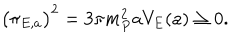
\bigl ( \pi _ { E , a } \bigr ) ^ { 2 } = 3 \pi m _ { P } ^ { 2 } a V _ { E } ( a ) \geq 0 .